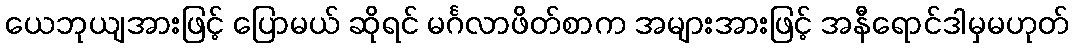
ယေဘုယျအားဖြင့် ပြောမယ် ဆိုရင် မင်္ဂလာဖိတ်စာက အများအားဖြင့် အနီရောင်ဒါမှမဟုတ်